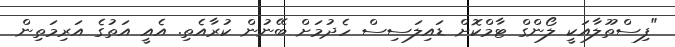
"ފިސްތޫލާއަކީ ލޯންގް ޓާމްކޮށް ޑައިލަސިސް ހެދުމަށް ބޭނުން ކުރާއެތި. އެއީ އަތުގެ އަރިމަތިން